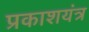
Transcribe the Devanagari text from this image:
प्रकाशयंत्र